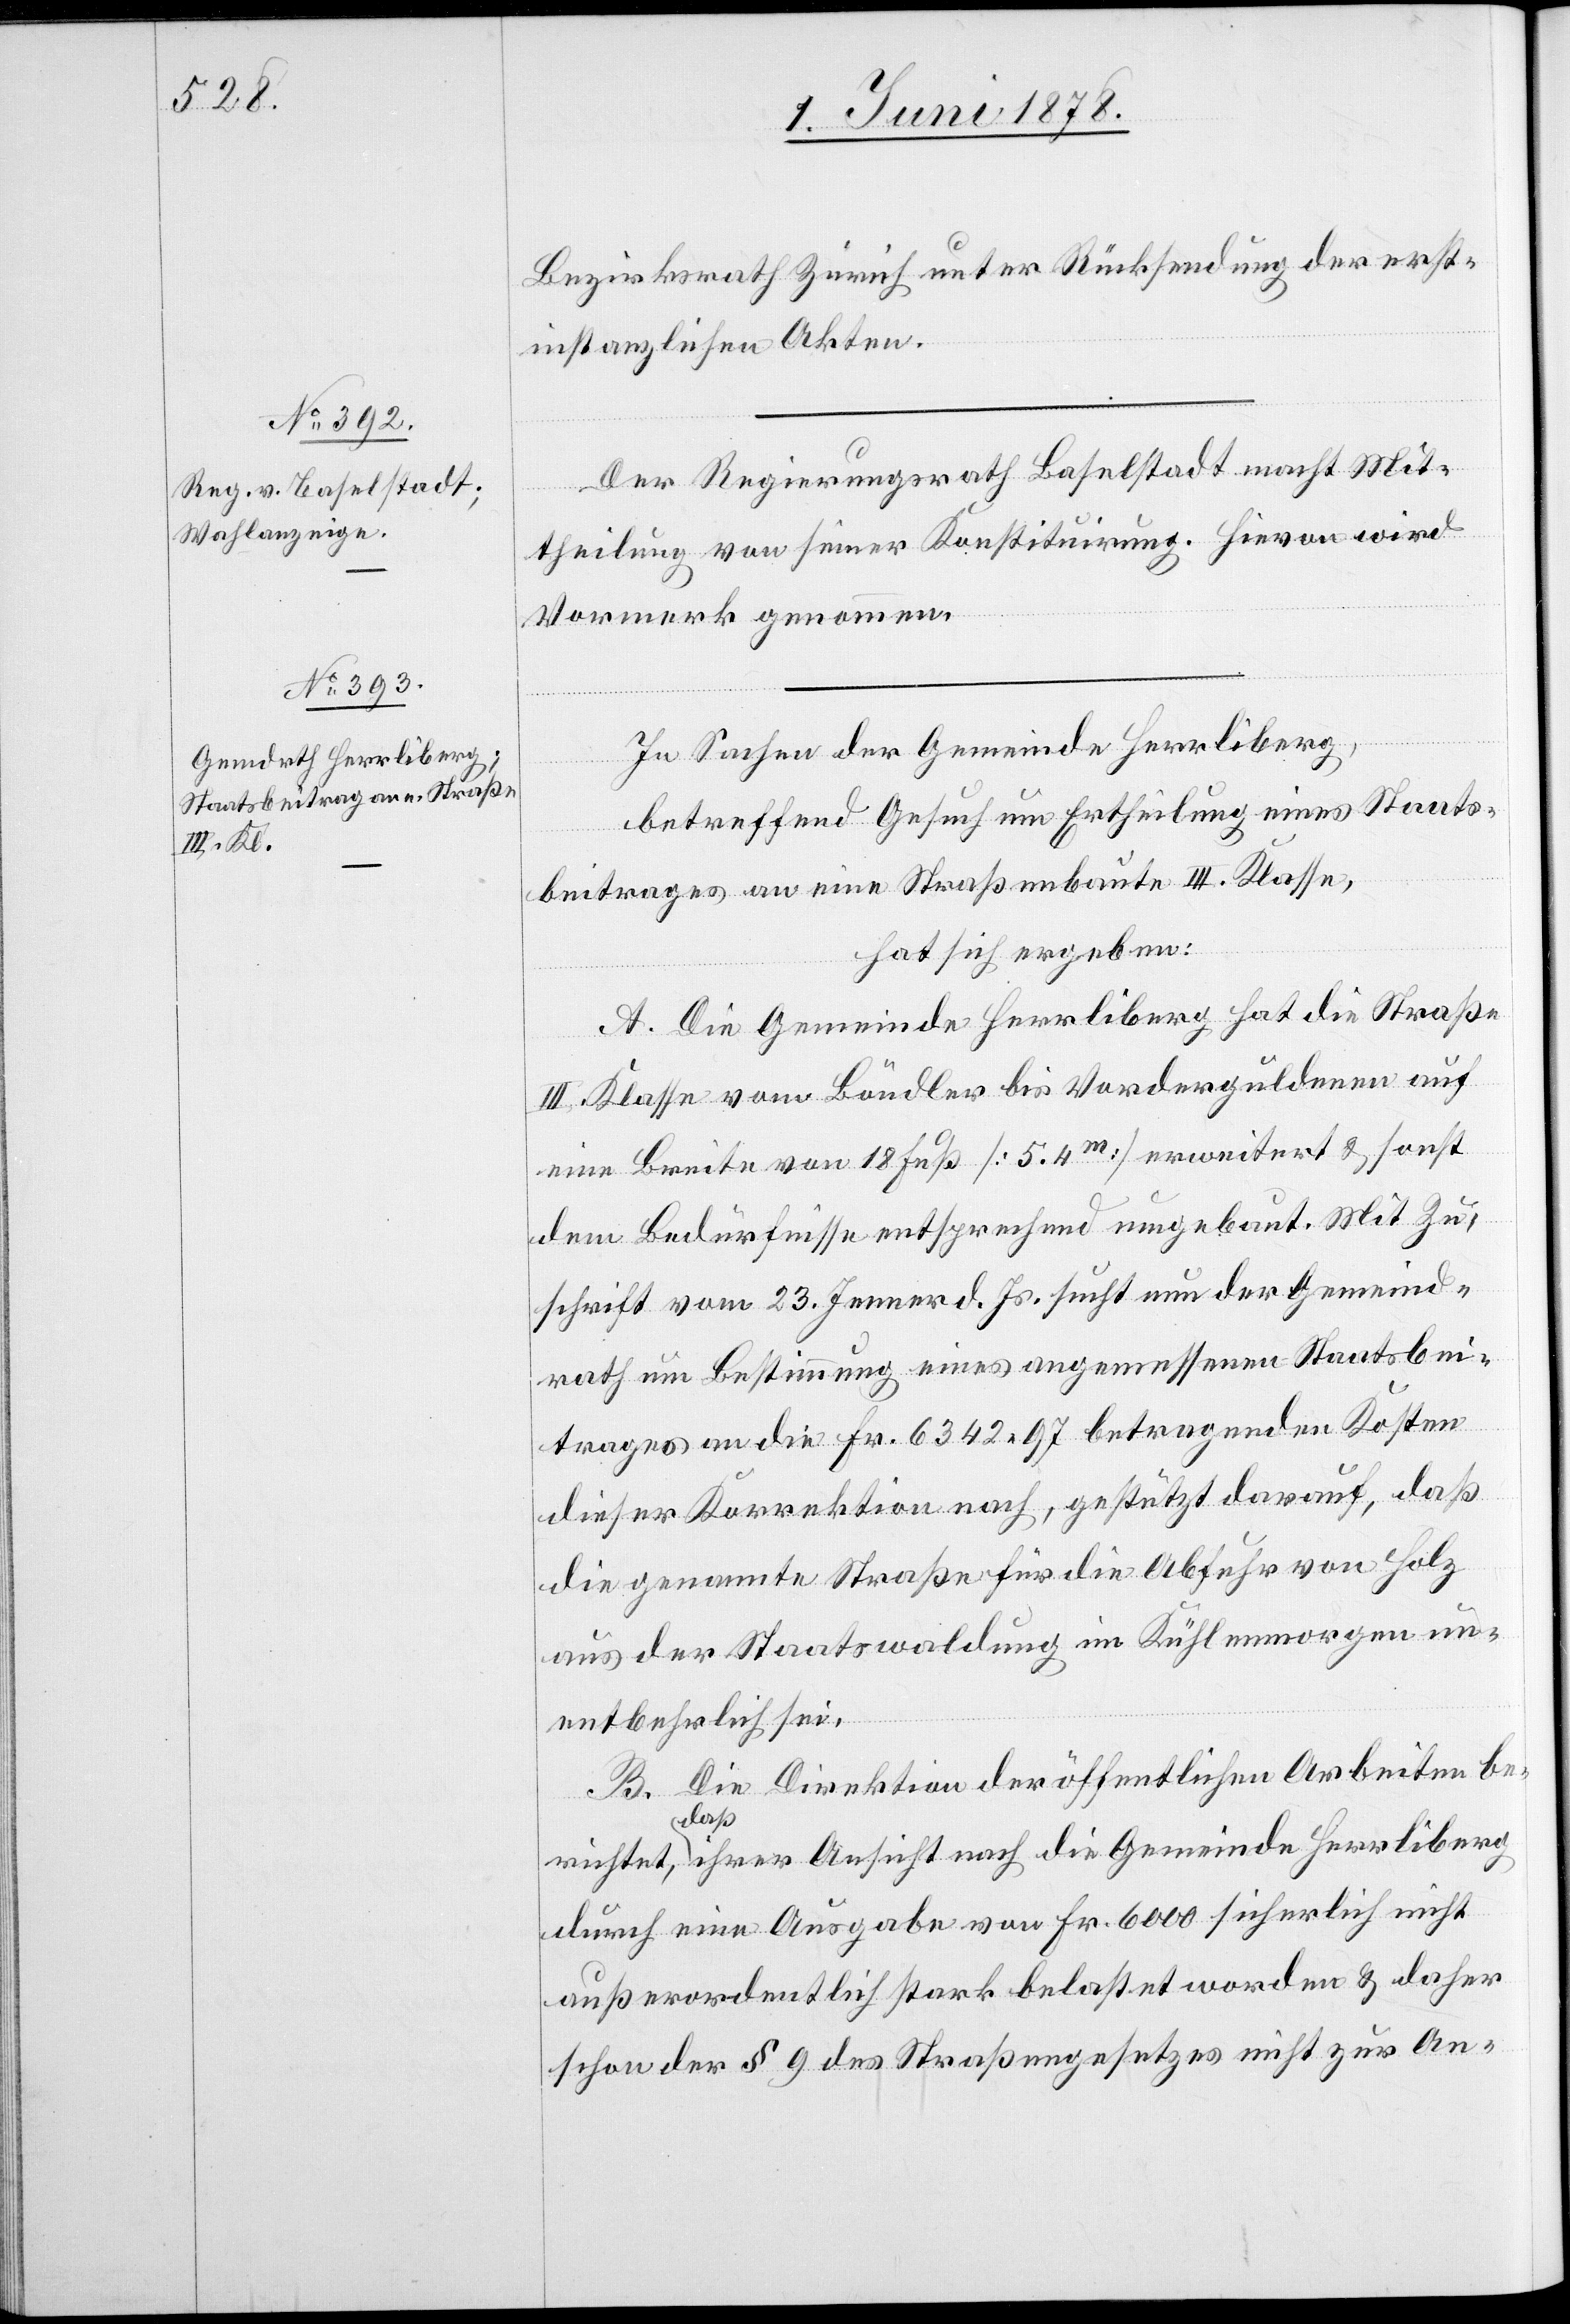
Bezirksrath Zürich unter Rücksendung der erst¬
instanzlichen Akten.
Der Regierungsrath Baselstadt macht Mit¬
theilung von seiner Konstituirung. Hievon wird
Vormerk genommen.
In Sachen der Gemeinde Herrliberg,
betreffend Gesuch um Ertheilung eines Staats¬
beitrages an eine Straßenbaute III. Klasse,
hat sich ergeben:
A. Die Gemeinde Herrliberg hat die Straße
III. Klasse vom Böndler bis Vorderguldenen auf
eine Breite von 18 Fuß [5.4m] erweitert & sonst
dem Bedürfnisse entsprechend umgebaut. Mit Zu¬
schrift vom 23. Jenner d. Js. sucht nun der Gemeind¬
rath um Bestimmung eines angemessenen Staatsbei¬
trages an die Fr. 6342 97 betragenden Kosten
dieser Korrektion nach, gestützt darauf, daß
die genannte Straße für die Abfuhr von Holz
aus der Staatswaldung im Kühlenmorgen un¬
entbehrlich sei.
B. Die Direktion der öffentlichen Arbeiten be¬
richtet, daß ihrer Ansicht nach die Gemeinde Herrliberg
durch eine Ausgabe von Fr. 6000 sicherlich nicht
außerordentlich stark belastet worden & daher
schon der § 9 des Straßengesetzes nicht zur An-